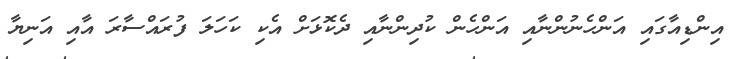
އިންޑިއާގައި އަންހެނުންނާއި އަންހެން ކުދިންނާއި ދެކޮޅަށް އެކި ކަހަލަ ފުރައްސާރަ އާއި އަނިޔާ